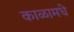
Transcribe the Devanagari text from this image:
काळामधे